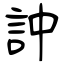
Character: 訲